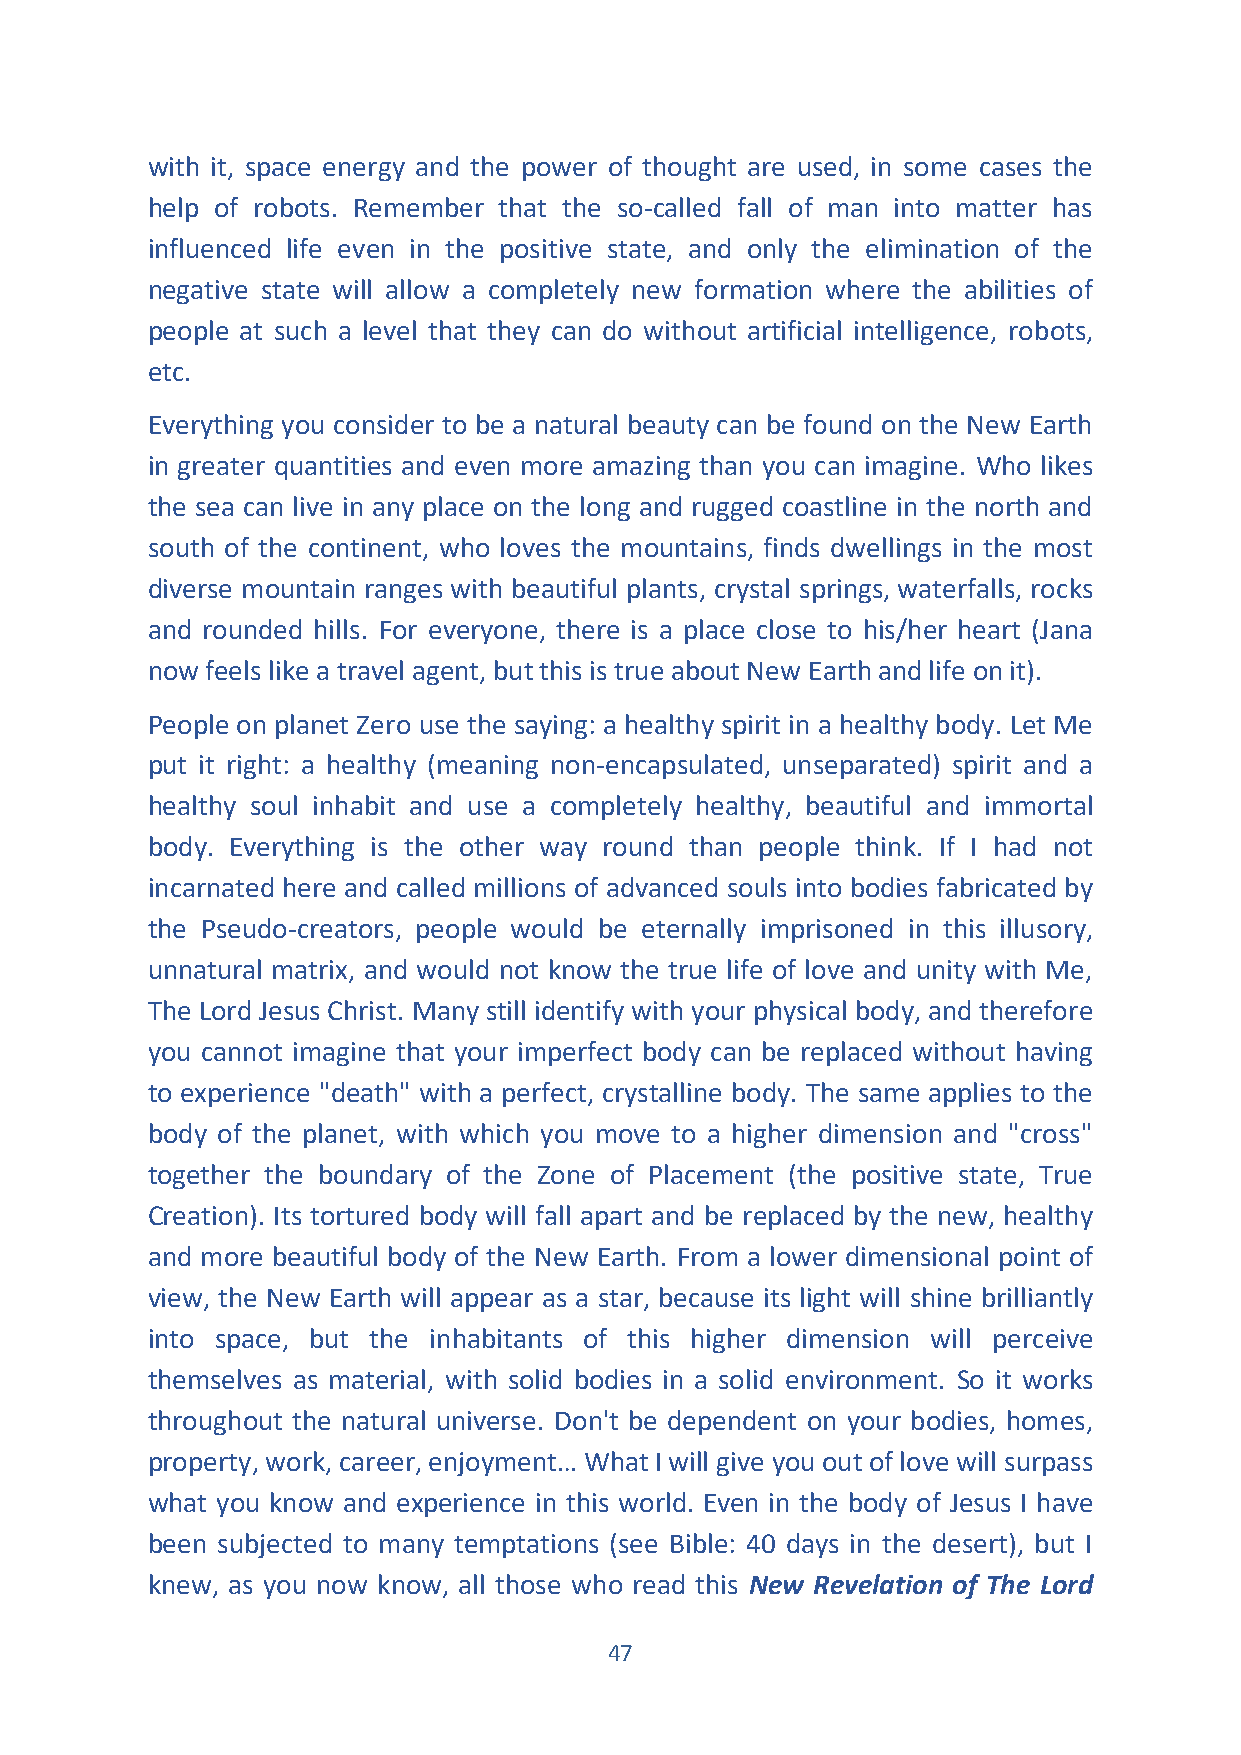
with it, space energy and the power of thought are used, in some cases the
 help of robots. Remember that the so-called fall of man into matter has
 influenced life even in the positive state, and only the elimination of the
 negative state will allow a completely new formation where the abilities of
 people at such a level that they can do without artificial intelligence, robots,
 etc.
 Everything you consider to be a natural beauty can be found on the New Earth
 in greater quantities and even more amazing than you can imagine. Who likes
 the sea can live in any place on the long and rugged coastline in the north and
 south of the continent, who loves the mountains, finds dwellings in the most
 diverse mountain ranges with beautiful plants, crystal springs, waterfalls, rocks
 and rounded hills. For everyone, there is a place close to his/her heart (Jana
 now feels like a travel agent, but this is true about New Earth and life on it).
 People on planet Zero use the saying: a healthy spirit in a healthy body. Let Me
 put it right: a healthy (meaning non-encapsulated, unseparated) spirit and a
 healthy soul inhabit and use a completely healthy, beautiful and immortal
 body. Everything is the other way round than people think. If I had not
 incarnated here and called millions of advanced souls into bodies fabricated by
 the Pseudo-creators, people would be eternally imprisoned in this illusory,
 unnatural matrix, and would not know the true life of love and unity with Me,
 The Lord Jesus Christ. Many still identify with your physical body, and therefore
 you cannot imagine that your imperfect body can be replaced without having
 to experience "death" with a perfect, crystalline body. The same applies to the
 body of the planet, with which you move to a higher dimension and "cross"
 together the boundary of the Zone of Placement (the positive state, True
 Creation). Its tortured body will fall apart and be replaced by the new, healthy
 and more beautiful body of the New Earth. From a lower dimensional point of
 view, the New Earth will appear as a star, because its light will shine brilliantly
 into space, but the inhabitants of this higher dimension will perceive
 themselves as material, with solid bodies in a solid environment. So it works
 throughout the natural universe. Don't be dependent on your bodies, homes,
 property, work, career, enjoyment… What I will give you out of love will surpass
 what you know and experience in this world. Even in the body of Jesus I have
 been subjected to many temptations (see Bible: 40 days in the desert), but I
 knew, as you now know, all those who read this New Revelation of The Lord
 47